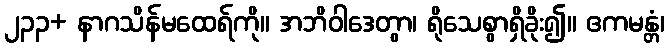
၂၃၃+ နာဂသိန်မထေရ်ကို။ အဘိဝါဒေတွာ၊ ရိုသေစွာရှိခိုး၍။ ဧကမန္တံ၊